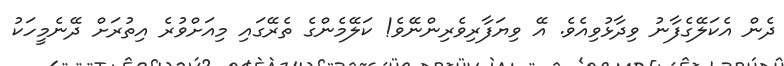
ދެން އެކަލޭގެފާނު ވިދާޅުވިއެވެ. އޭ ވިޔަފާރިވެރިންނޭވެ! ކަލޭމެންގެ ތެރޭގައި މިއަށްވުރެ އިތުރަށް ދޭނެމީހަކު